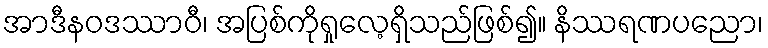
အာဒီနဝဒဿာဝီ၊ အပြစ်ကိုရှုလေ့ရှိသည်ဖြစ်၍။ နိဿရဏပညော၊